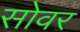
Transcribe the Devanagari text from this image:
सोवर